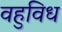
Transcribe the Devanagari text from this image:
वहुविध